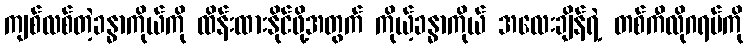
ကျစ်လစ်တဲ့ခန္ဓာကိုယ်ကို ထိန်းထားနိုင်ဖို့အတွက် ကိုယ့်ခန္ဓာကိုယ် အလေးချိန်ရဲ့ တစ်ကီလိုဂရမ်ကို